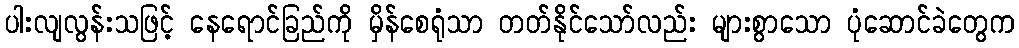
ပါးလျလွန်းသဖြင့် နေရောင်ခြည်ကို မှိန်စေရုံသာ တတ်နိုင်သော်လည်း များစွာသော ပုံဆောင်ခဲတွေက